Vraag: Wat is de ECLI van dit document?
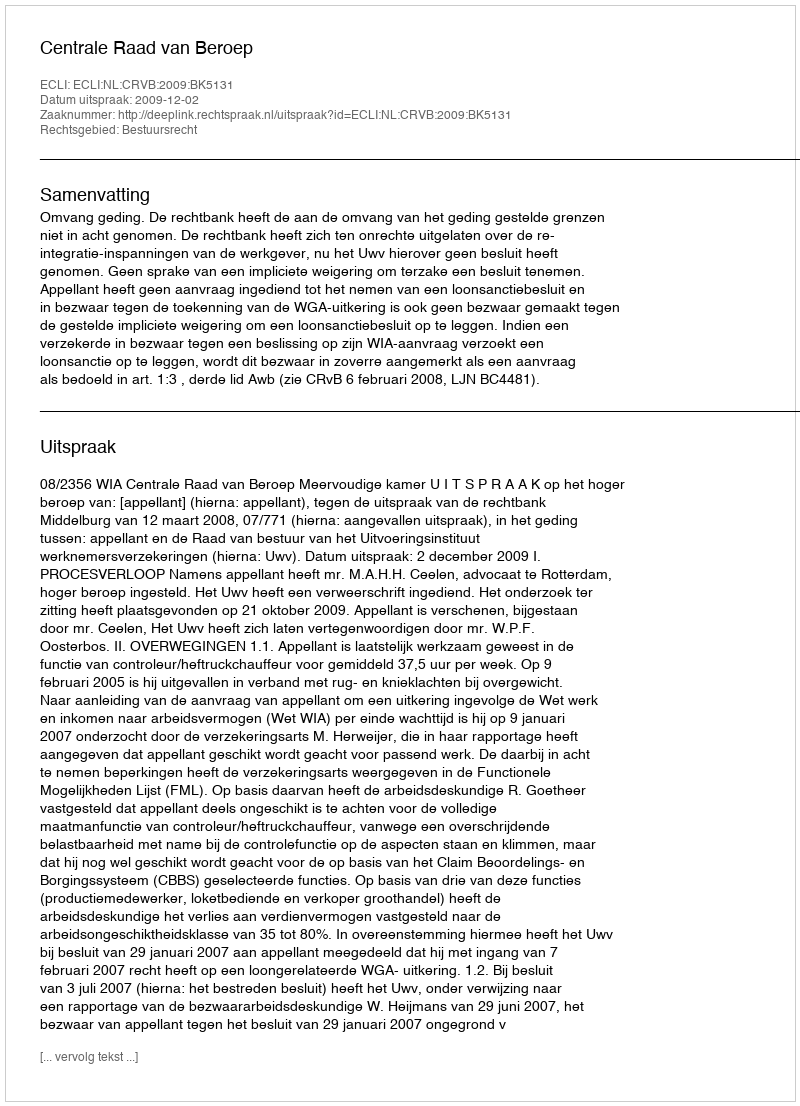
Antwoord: ECLI:NL:CRVB:2009:BK5131